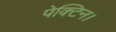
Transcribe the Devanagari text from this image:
पेक्टिन।